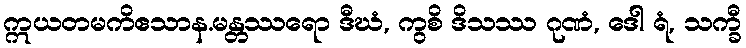
ဣယတမကိဧသာန.မန္တဿရော ဒီဃံ, ကွစိ ဒိသဿ ဂုဏံ, ဒေါ ရံ, သက္ခီ